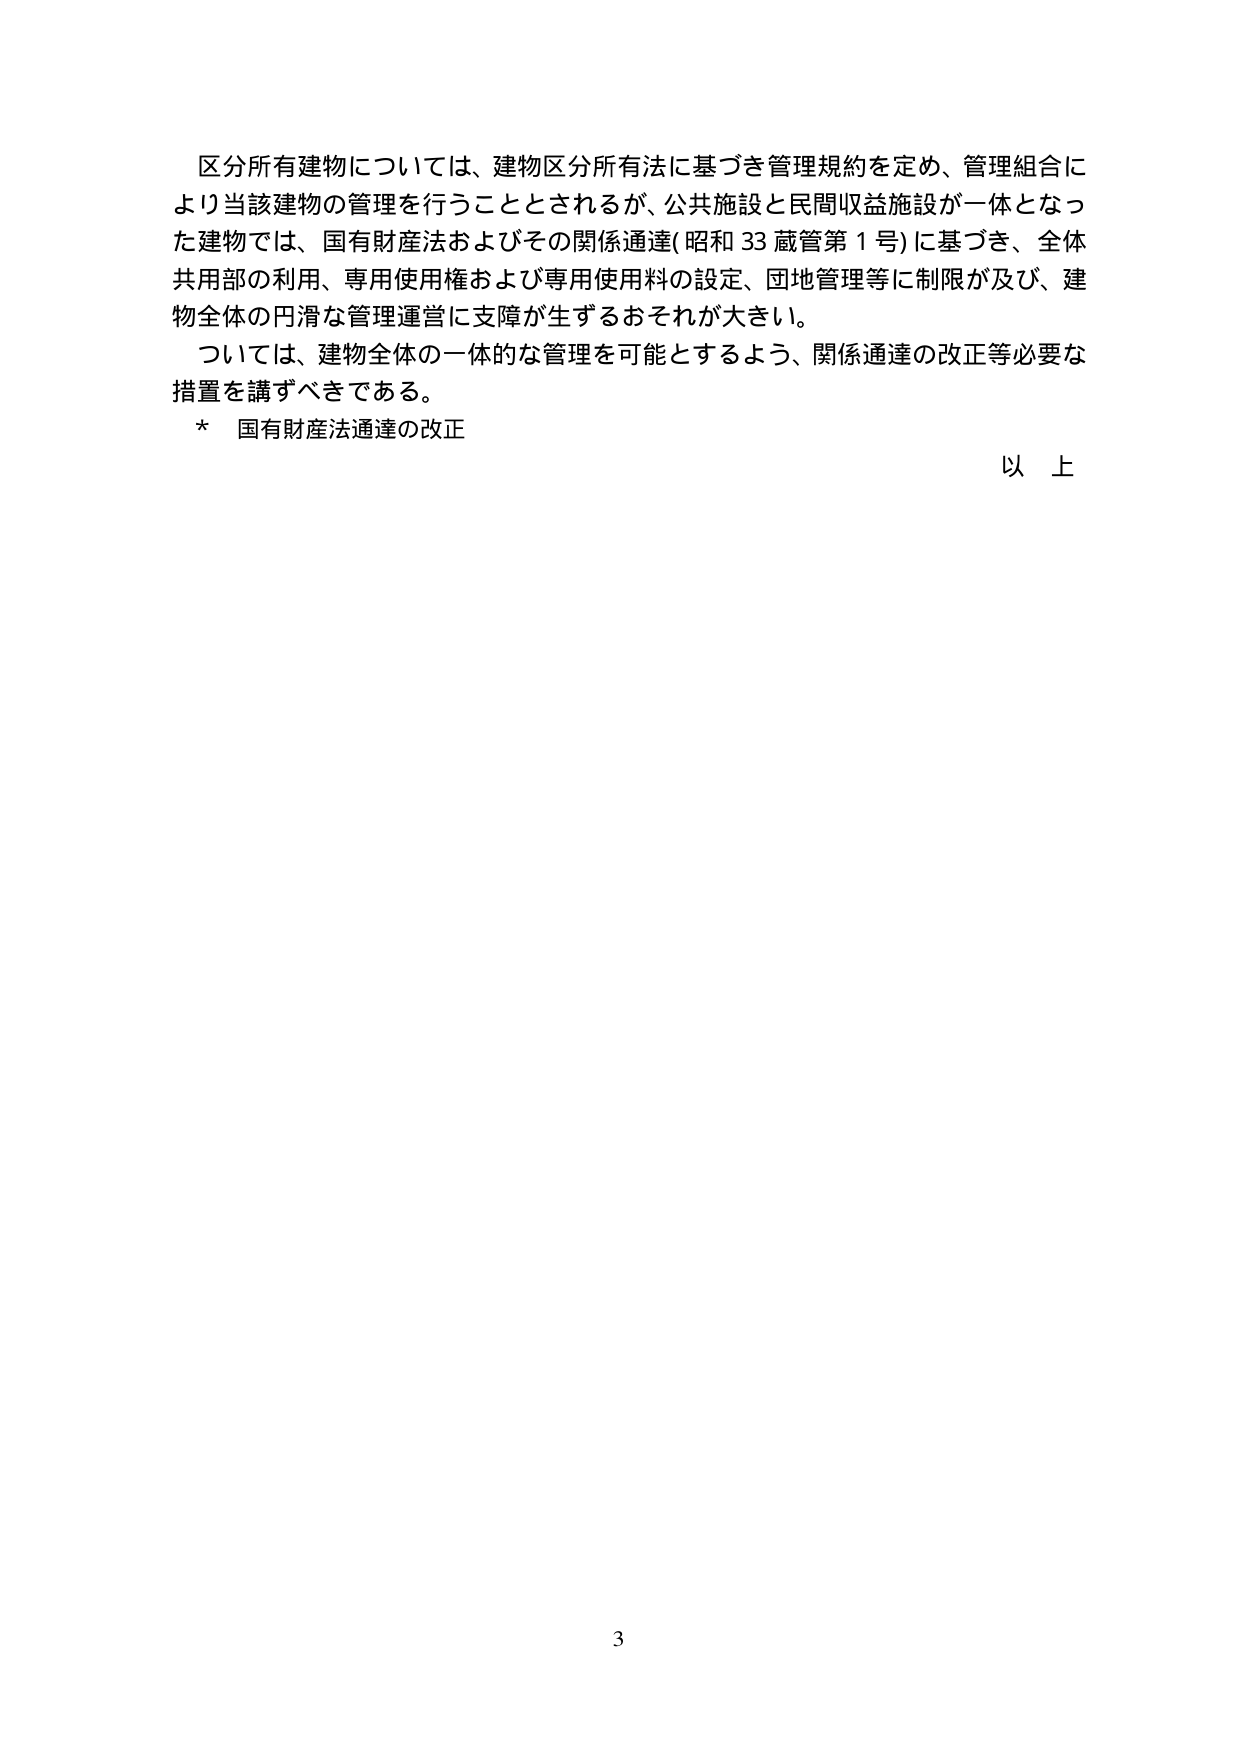
区分所有建物については、建物区分所有法に基づき管理規約を定め、管理組合により当該建物の管理を行うこととされるが、公共施設と民間収益施設が一体となった建物では、国有財産法およびその関係通達（昭和33蔵管第1号）に基づき、全体共用部の利用、専用使用権および専用使用料の設定、団地管理等に制限が及び、建物全体の円滑な管理運営に支障が生ずるおそれが大きい。

ついては、建物全体の一体的な管理を可能とするよう、関係通達の改正等必要な措置を講ずべきである。

* 国有財産法通達の改正

以上

3